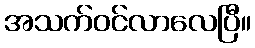
အသက်ဝင်လာလေပြီ။